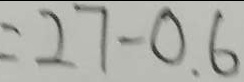
= 2 7 - 0 . 6